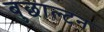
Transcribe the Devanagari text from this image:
बुछाल्टन